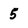
Character: 5